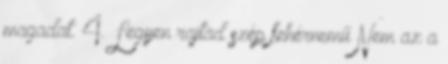
magadat. 4. Legyen rajtad szép fehérnemű Nem az a